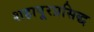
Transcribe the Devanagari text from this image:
शहापूरप्रसिद्ध